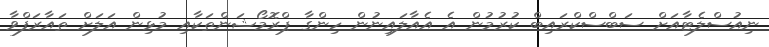
ނިއުސްލެޓާއަށް ސަބްސްކްރައިބް ކުރުމުން އެ އެއާލައިނުން ހިންގާ ޕްރޮމޯޝަންތަކާއި މުޅިން އަލަށް ތައާރަފްވާ